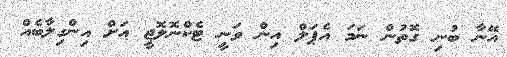
އޭނާ ބުނި ގޮތުން ނަމަ އެޕަލް އިން ވަނީ ޓެކްނޮލޮޖީ އަށް އިންގިލާބެއް